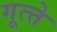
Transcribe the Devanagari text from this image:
गूत्त्ते